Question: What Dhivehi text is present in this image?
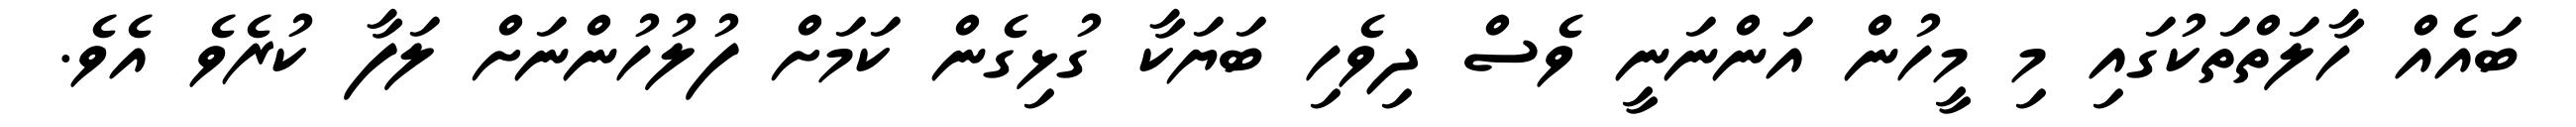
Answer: ބައެއް ހާލަތްތަކުގައި މި މީހުން އަންނަނީ ވެސް ދިވެހި ބަޔަކާ ގުޅިގެން ކަމަށް ފުލުހުންނަށް ލަފާ ކުރެވެ އެވެ.